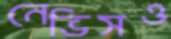
নেভিসও